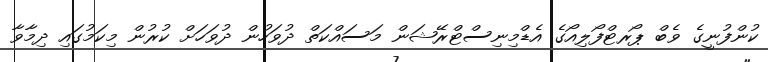
ކުންފުނީގެ ވެބް ޕޯރޓްފޯލިއޯގެ އެޑްމިނިސްޓްރޭޝަން މަސައްކަތް ދުވަހުން ދުވަހަށް ކުރުން މިކަމުގައި ދިމާވާ